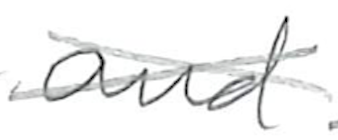
Text: and
Cross-out: cross
Writing tool: pencil